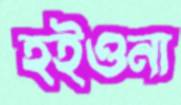
হইওনা